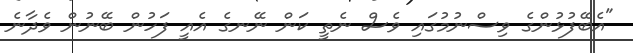
"އެބޭފުޅުންގެ ވިސްނުމުގައި ވެސް ނެތީ ކަން ނޭނގެ އެއީ ފަހުން ބޭނުން ވެދާނެ